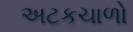
અટકચાળો